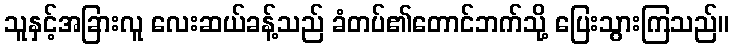
သူနှင့်အခြားလူ လေးဆယ်ခန့်သည် ခံတပ်၏တောင်ဘက်သို့ ပြေးသွားကြသည်။